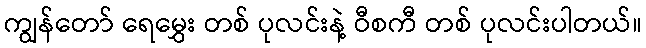
ကျွန်တော် ရေမွှေး တစ် ပုလင်းနဲ့ ဝီစကီ တစ် ပုလင်းပါတယ်။